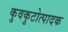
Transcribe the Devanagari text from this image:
कुवकुटोत्पादक